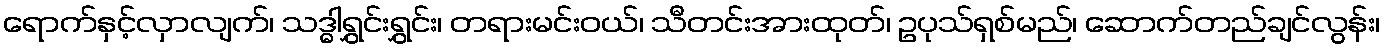
ရောက်နှင့်လှာလျက်၊ သဒ္ဓါရွှင်းရွှင်း၊ တရားမင်းဝယ်၊ သီတင်းအားထုတ်၊ ဥပုသ်ရှစ်မည်၊ ဆောက်တည်ချင်လွန်း၊